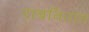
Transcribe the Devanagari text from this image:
राबवितात